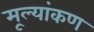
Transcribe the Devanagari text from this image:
मूल्यांकण